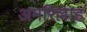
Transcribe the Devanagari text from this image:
अमरिल्लाह